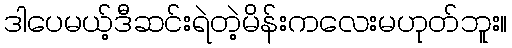
ဒါပေမယ့်ဒီဆင်းရဲတဲ့မိန်းကလေးမဟုတ်ဘူး။